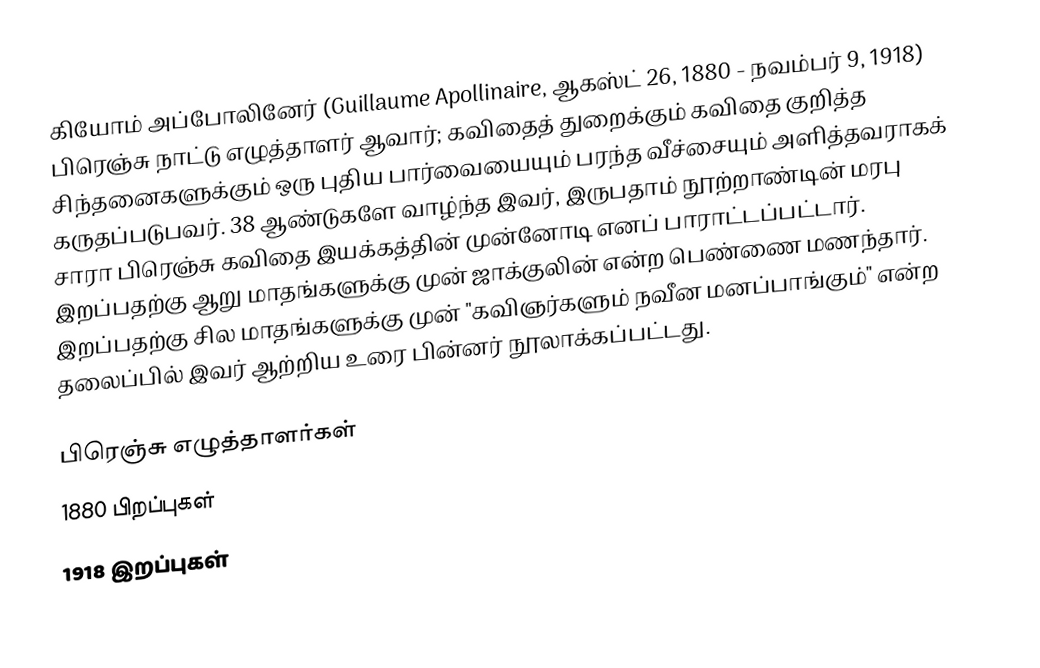
கியோம் அப்போலினேர் (Guillaume Apollinaire, ஆகஸ்ட் 26, 1880 - நவம்பர் 9, 1918) பிரெஞ்சு நாட்டு எழுத்தாளர் ஆவார்; கவிதைத் துறைக்கும் கவிதை குறித்த சிந்தனைகளுக்கும் ஒரு புதிய பார்வையையும் பரந்த வீச்சையும் அளித்தவராகக் கருதப்படுபவர். 38 ஆண்டுகளே வாழ்ந்த இவர், இருபதாம் நூற்றாண்டின் மரபு சாரா பிரெஞ்சு கவிதை இயக்கத்தின் முன்னோடி எனப் பாராட்டப்பட்டார். இறப்பதற்கு ஆறு மாதங்களுக்கு முன் ஜாக்குலின் என்ற பெண்ணை மணந்தார். இறப்பதற்கு சில மாதங்களுக்கு முன் "கவிஞர்களும் நவீன மனப்பாங்கும்" என்ற தலைப்பில் இவர் ஆற்றிய உரை பின்னர் நூலாக்கப்பட்டது.

பிரெஞ்சு எழுத்தாளர்கள்
1880 பிறப்புகள்
1918 இறப்புகள்